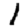
Digit: 1